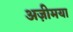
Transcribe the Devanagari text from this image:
अज़ीमया